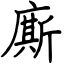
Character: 廝